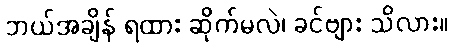
ဘယ်အချိန် ရထား ဆိုက်မလဲ၊ ခင်ဗျား သိလား။